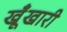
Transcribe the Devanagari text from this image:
खूँखारी